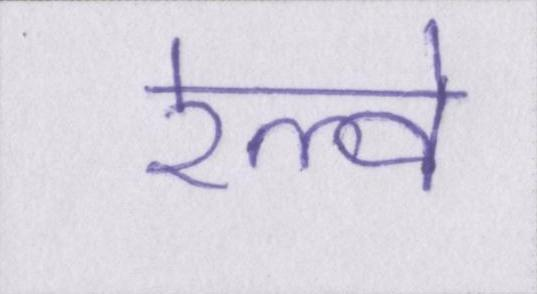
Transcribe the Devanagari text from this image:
रेल्वे